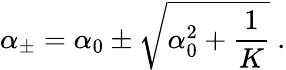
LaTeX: {\alpha}_{\pm}={\alpha}_{0}\pm\sqrt{{\alpha}_{0}^{2}+{\frac{1}{K}}}{}~.